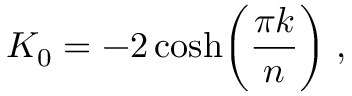
K _ { 0 } = - 2 \cosh \biggr ( { \frac { \pi k } { n } } \biggr ) \; ,